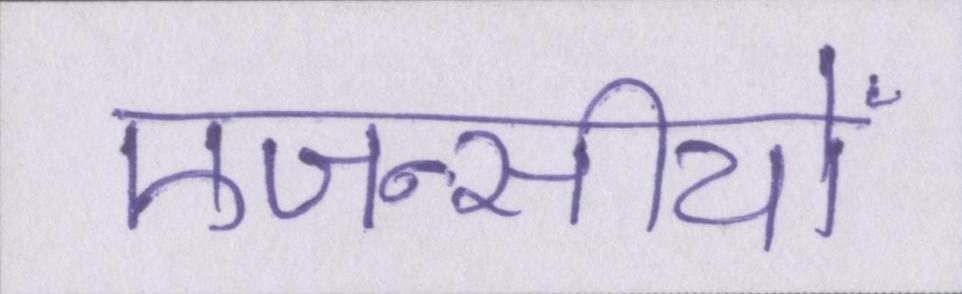
एजन्सीयों